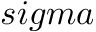
s i g m a